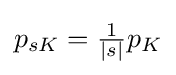
{\textstyle p_{sK}={\frac {1}{|s|}}p_{K}}